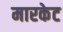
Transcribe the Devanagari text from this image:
मारकेट